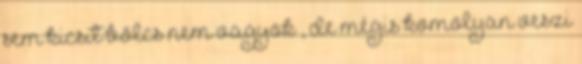
sem kicsit bölcs nem vagyok”, de mégis komolyan veszi